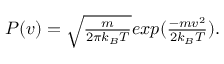
\begin{array} { r } { P ( v ) = \sqrt { \frac { m } { 2 \pi k _ { B } T } } e x p ( \frac { - m v ^ { 2 } } { 2 k _ { B } T } ) . } \end{array}